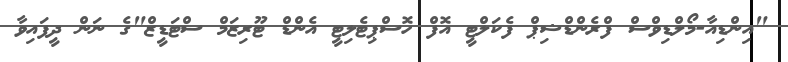
"އިންޑިއާ-މޯލްޑިވްސް ފްރެންޑްޝިޕް ފެކަލްޓީ އޮފް ހޮސްޕިޓެލިޓީ އެންޑް ޓޫރިޒަމް ސްޓަޑީޒް"ގެ ނަން ދީފައިވާ